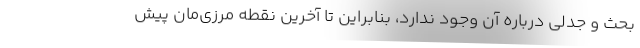
بحث و جدلی درباره آن وجود ندارد، بنابراین تا آخرین نقطه مرزی‌مان پیش